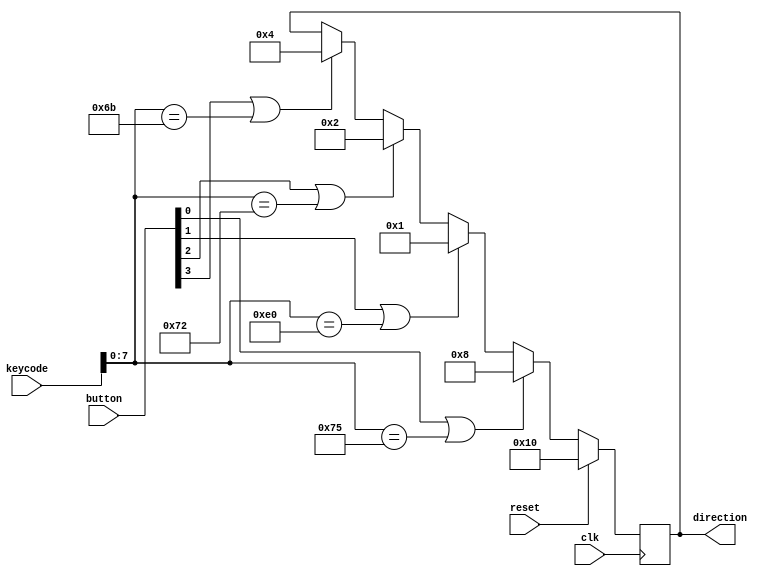
`timescale 1ns / 1ps
//////////////////////////////////////////////////////////////////////////////////
// Company: AGH
// 
// Design Name: 
// Module Name: decoder
// Project Name: Entliczek pentliczek
// Target Devices: 
// Tool Versions: 
// Description: Zamiana kodu przciskw na kod kierunku
// 
// Dependencies: 
// 
// Revision:
// Revision 0.01 - File Created
// Additional Comments:
// 
//////////////////////////////////////////////////////////////////////////////////


module decoder(
    input wire clk,
    input wire reset,
    input wire [15:0] keycode,
    input wire [3:0] button,
    output reg [4:0] direction
);

    reg [4:0] direction_nxt;

always@(posedge clk) begin
    if(reset) begin
        direction <= 5'b10000;
    end
    else begin
        direction <= direction_nxt;
    end
end

// Sterowanie klawiatur i przyciskami
always @* begin
    if(button[0] || keycode[7:0] == 8'h75)
        direction_nxt = 5'b01000;
    else if(button[1] || keycode[7:0] == 8'he0)
        direction_nxt = 5'b00001;
    else if(button[2] || keycode[7:0] == 8'h72) 
        direction_nxt = 5'b00010;
    else if(button[3] || keycode[7:0] == 8'h6b) 
        direction_nxt = 5'b00100;
    else
        direction_nxt = direction;
end

// Sterowanie tylko przyciskami
/*
always @* begin
    if(button[0])
        direction_nxt = 5'b01000;
    else if(button[1])
        direction_nxt = 5'b00001;
    else if(button[2]) 
        direction_nxt = 5'b00010;
    else if(button[3]) 
        direction_nxt = 5'b00100;
    else
        direction_nxt = direction;    
end
*/

// Sterowanie tylko klawiatur
/*
always @* begin
    if(keycode[7:0] == 8'he0)
        direction_nxt = 5'b00001;
    else if(keycode[7:0] == 8'h72) 
        direction_nxt = 5'b00010;
    else if(keycode[7:0] == 8'h6b) 
        direction_nxt = 5'b00100;
    else if(keycode[7:0] == 8'h75)
        direction_nxt = 5'b01000;
    else
        direction_nxt = direction;
end        
*/
endmodule